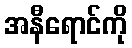
အနီရောင်ကို